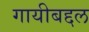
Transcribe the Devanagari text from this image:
गायीबद्दल